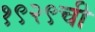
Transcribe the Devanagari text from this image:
१९२९ची